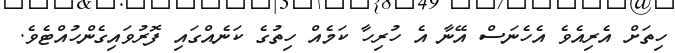
ހިތަށް އެރިއެވެ އެހެނަސް އޭނާ އެ ހުރިހާ ކަމެއް ހިތުގެ ކަނެއްގައި ފޮރުވައިގެންހުއްޓެވެ.